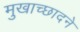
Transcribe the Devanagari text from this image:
मुखाच्छादने